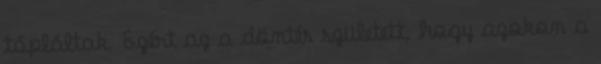
tápláltak. Ezért az a döntés született, hogy azokon a